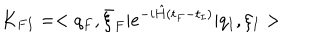
LaTeX: K _ { F I } = < q _ { F } , \bar { \xi } _ { F } \vert e ^ { - i \hat { H } ( t _ { F } - t _ { I } ) } \vert q _ { I } , \xi _ { I } >